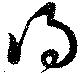
得